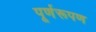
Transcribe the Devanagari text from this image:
पूर्णरूपण